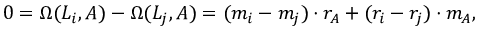
0 = \Omega ( L _ { i } , A ) - \Omega ( L _ { j } , A ) = ( m _ { i } - m _ { j } ) \cdot r _ { A } + ( r _ { i } - r _ { j } ) \cdot m _ { A } ,